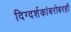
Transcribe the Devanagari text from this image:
दिग्दर्शकांबरोबरही